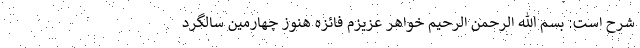
شرح است: بسم الله الرحمن الرحیم خواهر عزیزم فائزه هنوز چهارمین سالگرد